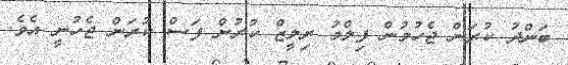
ބަންދު ކުރަން ޖެހުމުން ފިލްމު ރިލީޒް ކުރުން ފަސް ކުރަން ޖެހުނީ އެވެ.